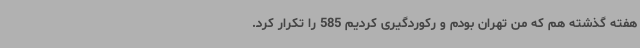
هفته گذشته هم که من تهران بودم و رکوردگیری کردیم 585 را تکرار کرد.